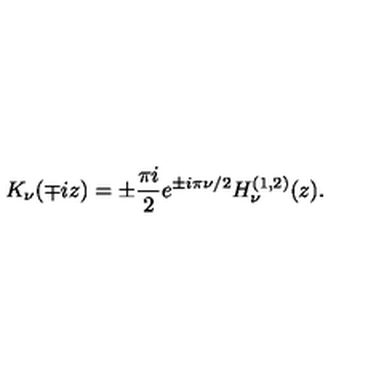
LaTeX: K _ { \nu } ( \mp i z ) = \pm \frac { \pi i } { 2 } e ^ { \pm i \pi \nu / 2 } H _ { \nu } ^ { ( 1 , 2 ) } ( z ) .